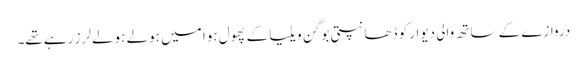
دروازے کے ساتھ والی دیوار کو ڈھانپتی بوگن ویلیا کے پھول ہوا میں ہولے ہولے لرز رہے تھے۔